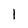
Character: 1